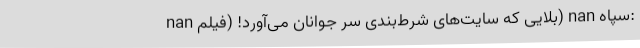
nan بلایی که سایت‌های شرط‌بندی سر جوانان می‌آورد! (فیلم) nan سپاه: